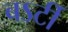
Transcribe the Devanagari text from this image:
बऽर्टी